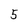
Character: 5